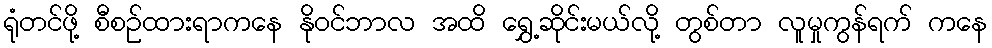
ရုံတင်ဖို့ စီစဉ်ထားရာကနေ နိုဝင်ဘာလ အထိ ရွှေ့ဆိုင်းမယ်လို့ တွစ်တာ လူမှုကွန်ရက် ကနေ